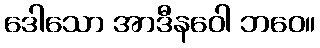
ဒေါသော အာဒီနဝေါ ဘဝေ။